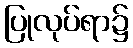
ပြုလုပ်ရာ၌